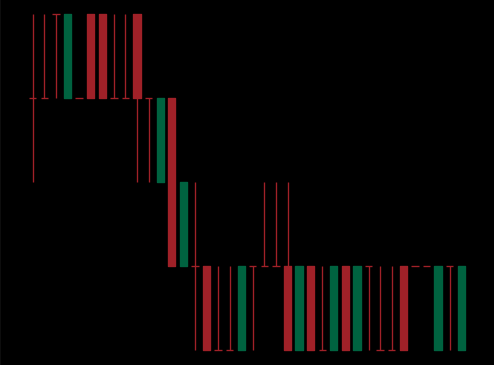
Pattern: bull_flag